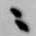
ニ